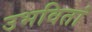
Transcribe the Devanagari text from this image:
उभवितां